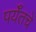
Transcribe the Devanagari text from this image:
पर्यँतचे